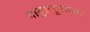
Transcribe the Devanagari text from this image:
वायुप्रदूषणावर